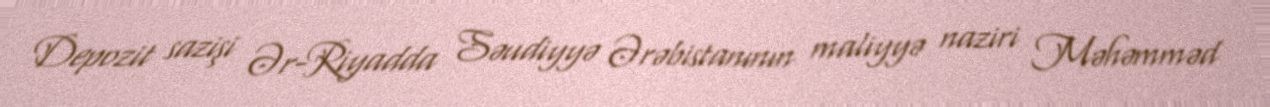
Depozit sazişi Ər-Riyadda Səudiyyə Ərəbistanının maliyyə naziri Məhəmməd